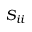
S _ { i i }